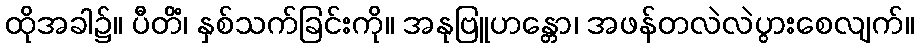
ထိုအခါ၌။ ပီတိံ၊ နှစ်သက်ခြင်းကို။ အနုဗြူဟန္တော၊ အဖန်တလဲလဲပွားစေလျက်။